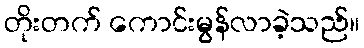
တိုးတက် ကောင်းမွန်လာခဲ့သည်။